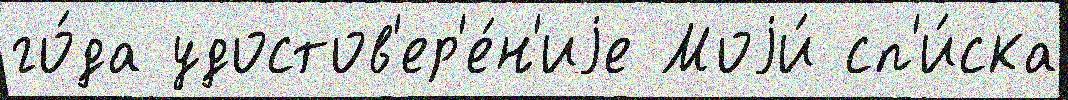
го́да удостов'ер'е́н'иjе Моjи́ сп'и́ска